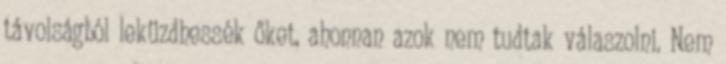
távolságból leküzdhessék őket, ahonnan azok nem tudtak válaszolni. Nem